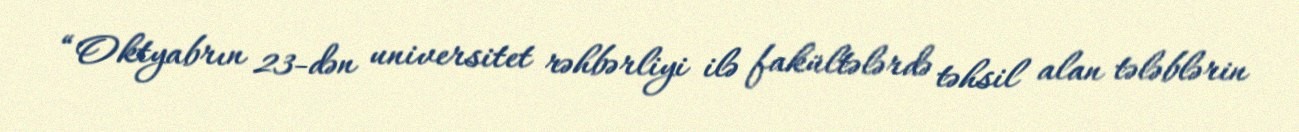
“Oktyabrın 23-dən universitet rəhbərliyi ilə fakültələrdə təhsil alan tələblərin